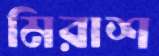
মিরাশ